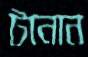
টানান